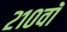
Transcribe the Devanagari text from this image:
२१०वॉ